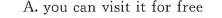
A. you can visit it for free